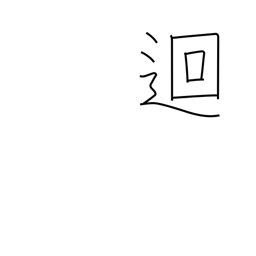
Meaning: go around